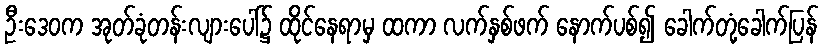
ဦးဒေဝက အုတ်ခုံတန်းလျားပေါ်၌ ထိုင်နေရာမှ ထကာ လက်နှစ်ဖက် နောက်ပစ်၍ ခေါက်တုံ့ခေါက်ပြန်